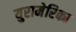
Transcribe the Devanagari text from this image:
युरामेरिका